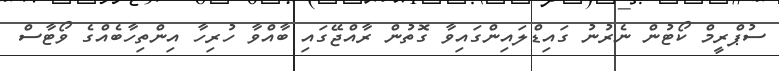
ސުޕްރީމް ކޯޓުން ނެރުނު ގައިޑްލައިންގައިވާ ގޮތުން ރާއްޖޭގައި ބާއްވާ ހުރިހާ އިންތިހާބެއްގެ ވޯޓާސް